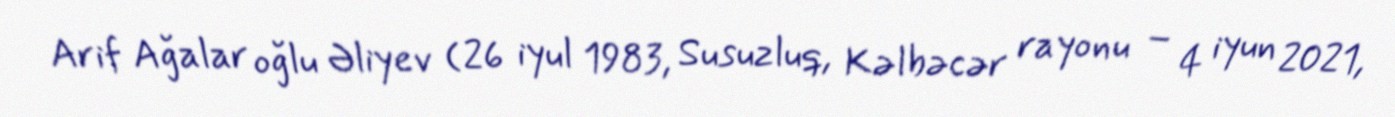
Arif Ağalar oğlu Əliyev (26 iyul 1983, Susuzluq, Kəlbəcər rayonu – 4 iyun 2021,